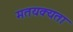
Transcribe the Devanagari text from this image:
मतयक्यता